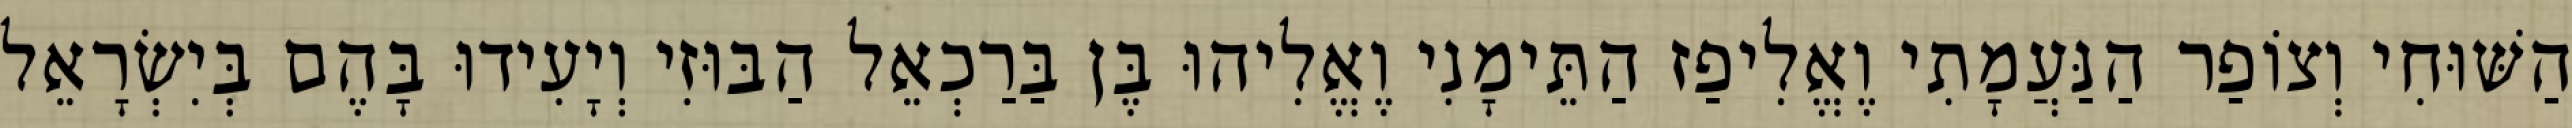
הַשּׁוּחִי וְצוֹפַר הַנַּעֲמָתִי וֶאֱלִיפַז הַתֵּימָנִי וֶאֱלִיהוּ בֶּן בַּרַכְאֵל הַבּוּזִי וְיָעִידוּ בָּהֶם בְּיִשְׂרָאֵל